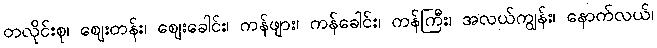
တလိုင်းစု၊ ဈေးတန်း၊ ဈေးခေါင်း၊ ကန်ဖျား၊ ကန်ခေါင်း၊ ကန်ကြီး၊ အလယ်ကျွန်း၊ နောက်လယ်၊